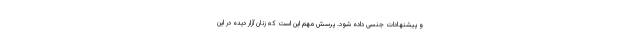
و پیشنهادات جنسی داده شود. پرسش مهم این است که زنان آزار دیده در این